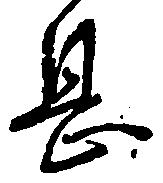
息